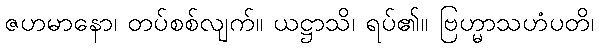
ဇဟမာနော၊ တပ်စစ်လျက်။ ယဋ္ဌာသိ၊ ရပ်၏။ ဗြဟ္မာသဟံပတိ၊